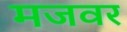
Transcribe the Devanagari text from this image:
मजवर